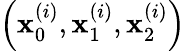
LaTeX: \left(\mathbf{x}_{0}^{(i)},\mathbf{x}_{1}^{(i)},\mathbf{x}_{2}^{(i)}\right)